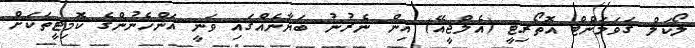
ލޯކަލް ގަވަމަންޓް އޮތޯރިޓީ (އެލްޖީއޭ) އިން ނެރުނު ބަޔާނެއްގައި ވަނީ އަންހެނުންގެ ކޮމިޓީތަކަށް